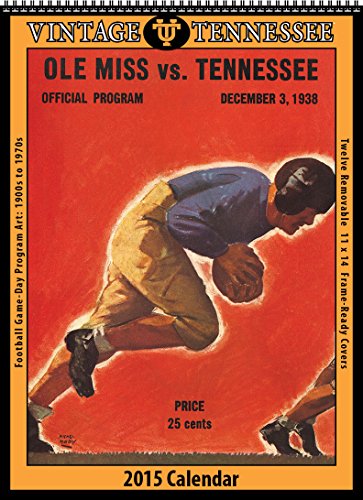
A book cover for Tennessee Volunteers 2015 Vintage Football Calendar; Asgard Press; Calendars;